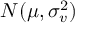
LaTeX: N ( \mu , \sigma _ { v } ^ { 2 } )